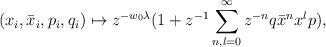
LaTeX: \begin{align*}(x_{i},\bar{x}_{i},p_{i},q_{i}) \mapsto z^{-w_{0}\lambda}(1 + z^{-1}\sum\limits_{n,l =0}^{\infty}z^{-n}q\bar{x}^{n}x^{l}p),\end{align*}